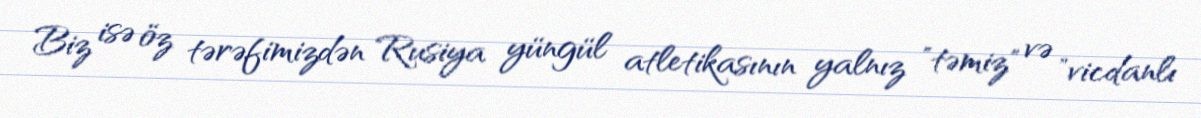
Biz isə öz tərəfimizdən Rusiya yüngül atletikasının yalnız "təmiz" və "vicdanlı